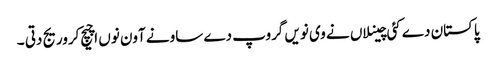
پاکستان دے کئی چینلاں نے وی نویں گروپ دے ساونے آون نوں اچیچ کروریج دتی ۔